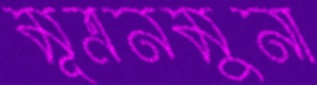
মূত্রনমুনা